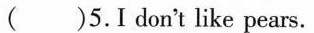
( )5.Idon't like pears.